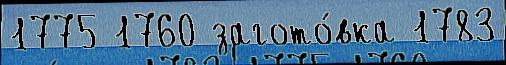
1775 1760 загото́вка 1783